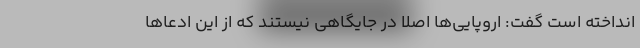
انداخته است گفت: اروپایی‌ها اصلا در جایگاهی نیستند که از این ادعاها